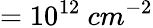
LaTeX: =10^{12}\ cm^{-2}